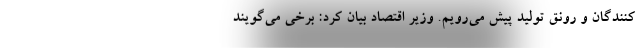
کنندگان و رونق تولید پیش می‌رویم. وزیر اقتصاد بیان کرد: برخی می‌گویند